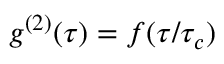
g ^ { ( 2 ) } ( \tau ) = f ( \tau / \tau _ { c } )